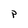
Character: P